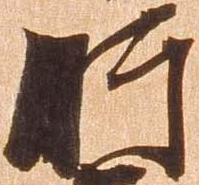
肝